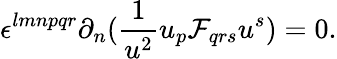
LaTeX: \epsilon^{lmnpqr}\partial_{n}({\frac{1}{u^{2}}}u_{p}{\cal F}_{qrs}u^{s})=0.